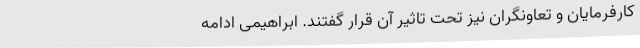
کارفرمایان و تعاونگران نیز تحت تاثیر آن قرار گفتند. ابراهیمی ادامه